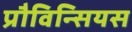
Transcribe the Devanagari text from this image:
प्रौविन्सियस